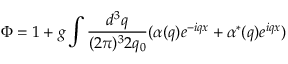
\Phi = 1 + g \int \frac { d ^ { 3 } q } { ( 2 \pi ) ^ { 3 } 2 q _ { 0 } } ( \alpha ( q ) e ^ { - i q x } + \alpha ^ { * } ( q ) e ^ { i q x } )